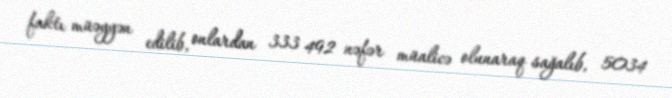
faktı müəyyən edilib, onlardan 333 492 nəfər müalicə olunaraq sağalıb, 5034